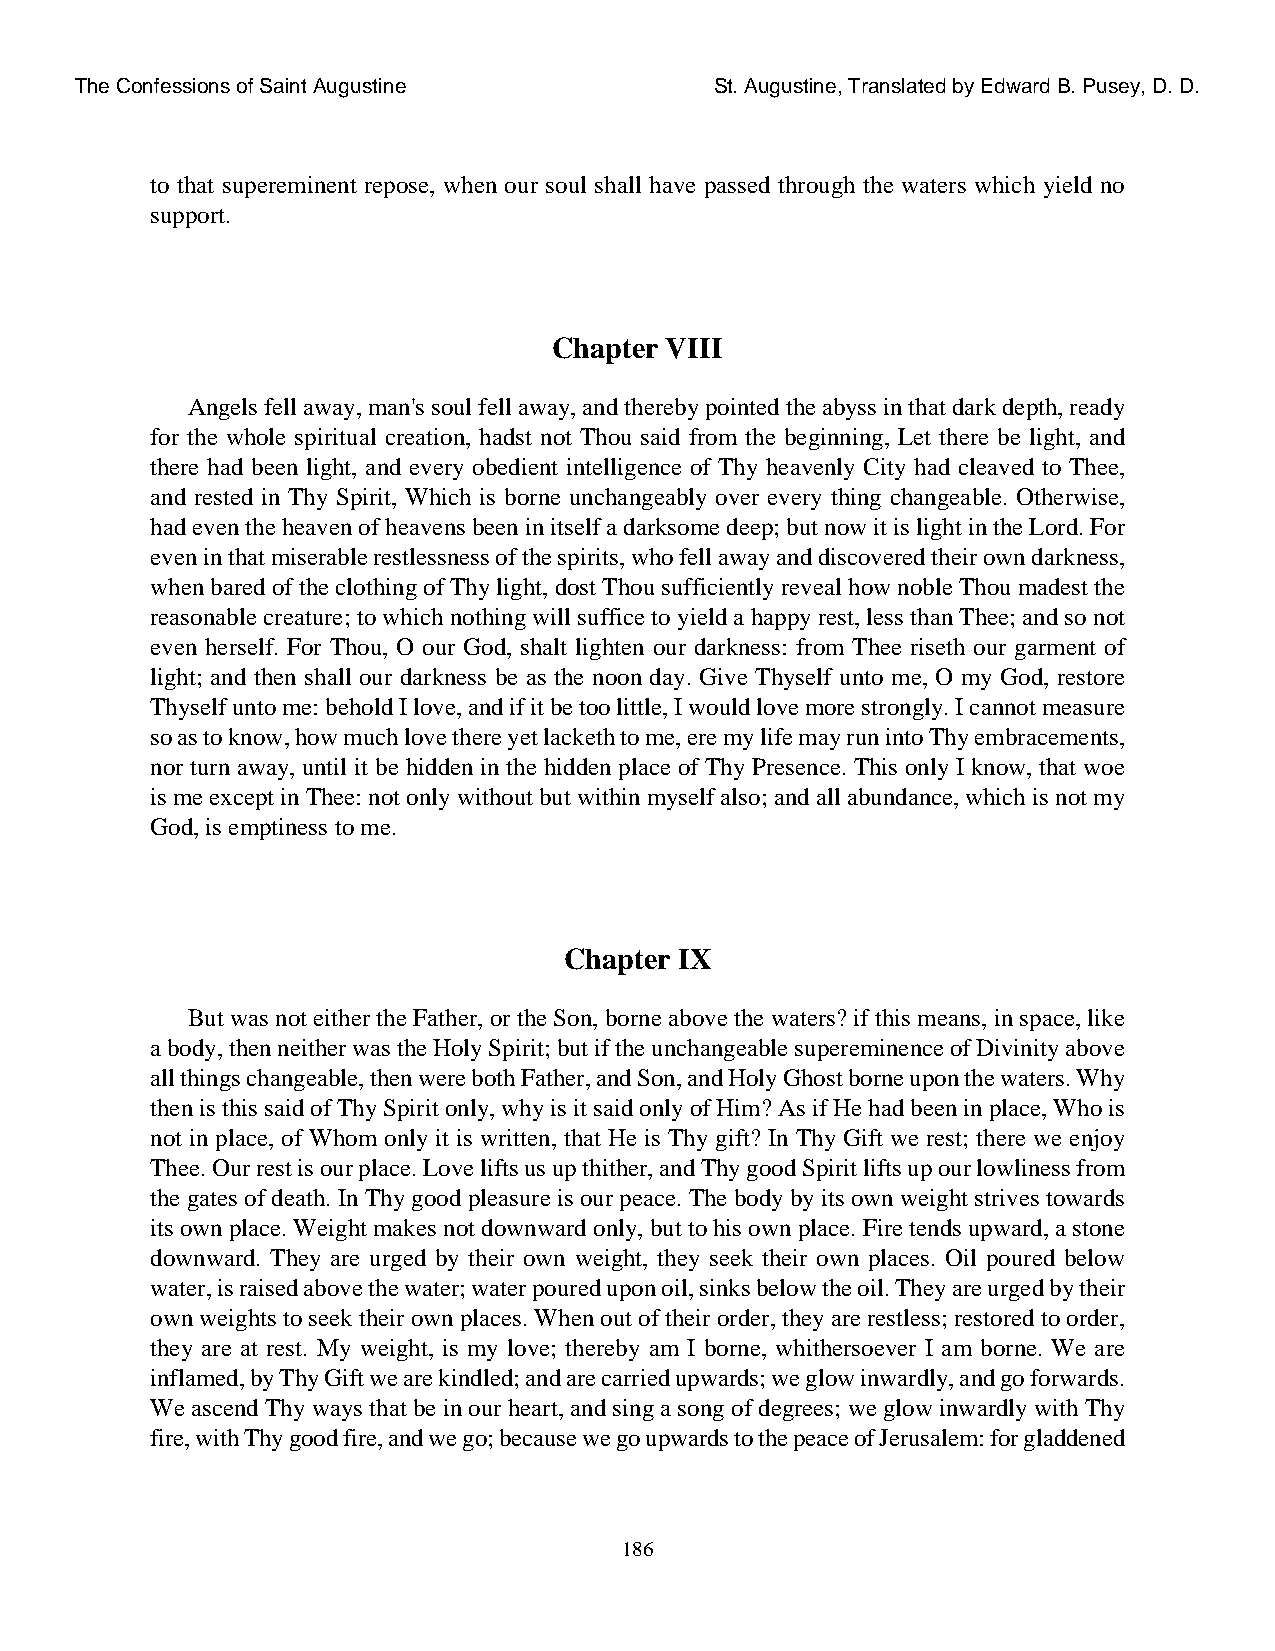
The Confessions of Saint Augustine        St. Augustine, Translated by Edward B. Pusey, D. D.
 to that supereminent repose, when our soul shall have passed through the waters which yield no
 support.
 Chapter VIII
 Angels fell away, man's soul fell away, and thereby pointed the abyss in that dark depth, ready
 for the whole spiritual creation, hadst not Thou said from the beginning, Let there be light, and
 there had been light, and every obedient intelligence of Thy heavenly City had cleaved to Thee,
 and rested in Thy Spirit, Which is borne unchangeably over every thing changeable. Otherwise,
 had even the heaven of heavens been in itself a darksome deep; but now it is light in the Lord. For
 even in that miserable restlessness of the spirits, who fell away and discovered their own darkness,
 when bared of the clothing of Thy light, dost Thou sufficiently reveal how noble Thou madest the
 reasonable creature; to which nothing will suffice to yield a happy rest, less than Thee; and so not
 even herself. For Thou, O our God, shalt lighten our darkness: from Thee riseth our garment of
 light; and then shall our darkness be as the noon day. Give Thyself unto me, O my God, restore
 Thyself unto me: behold I love, and if it be too little, I would love more strongly. I cannot measure
 so as to know, how much love there yet lacketh to me, ere my life may run into Thy embracements,
 nor turn away, until it be hidden in the hidden place of Thy Presence. This only I know, that woe
 is me except in Thee: not only without but within myself also; and all abundance, which is not my
 God, is emptiness to me.
 Chapter IX
 But was not either the Father, or the Son, borne above the waters? if this means, in space, like
 a body, then neither was the Holy Spirit; but if the unchangeable supereminence of Divinity above
 all things changeable, then were both Father, and Son, and Holy Ghost borne upon the waters. Why
 then is this said of Thy Spirit only, why is it said only of Him? As if He had been in place, Who is
 not in place, of Whom only it is written, that He is Thy gift? In Thy Gift we rest; there we enjoy
 Thee. Our rest is our place. Love lifts us up thither, and Thy good Spirit lifts up our lowliness from
 the gates of death. In Thy good pleasure is our peace. The body by its own weight strives towards
 its own place. Weight makes not downward only, but to his own place. Fire tends upward, a stone
 downward. They are urged by their own weight, they seek their own places. Oil poured below
 water, is raised above the water; water poured upon oil, sinks below the oil. They are urged by their
 own weights to seek their own places. When out of their order, they are restless; restored to order,
 they are at rest. My weight, is my love; thereby am I borne, whithersoever I am borne. We are
 inflamed, by Thy Gift we are kindled; and are carried upwards; we glow inwardly, and go forwards.
 We ascend Thy ways that be in our heart, and sing a song of degrees; we glow inwardly with Thy
 fire, with Thy good fire, and we go; because we go upwards to the peace of Jerusalem: for gladdened
 186